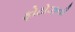
ફોટોઝની